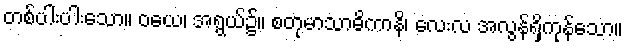
တစ်ပါးပါးသော။ ဝယေ၊ အရွယ်၌။ စတုမာသာဓိကာနိ၊ လေးလ အလွန်ရှိကုန်သော။